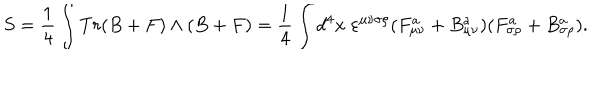
S = { \frac { 1 } { 4 } } \int T r ( B + F ) \wedge ( B + F ) = { \frac { 1 } { 4 } } \int d ^ { 4 } x \; \varepsilon ^ { \mu \nu \sigma \rho } ( F _ { \mu \nu } ^ { a } + B _ { \mu \nu } ^ { a } ) ( F _ { \sigma \rho } ^ { a } + B _ { \sigma \rho } ^ { a } ) .